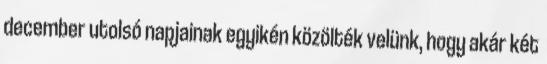
december utolsó napjainak egyikén közölték velünk, hogy akár két